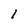
Character: l